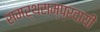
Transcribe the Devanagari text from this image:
समर्थसम्प्रदायी